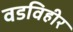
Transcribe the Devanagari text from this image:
वडविहीर